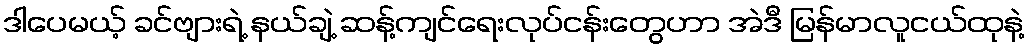
ဒါပေမယ့် ခင်ဗျားရဲ့ နယ်ချဲ့ ဆန့်ကျင်ရေးလုပ်ငန်းတွေဟာ အဲဒီ မြန်မာလူငယ်ထုနဲ့